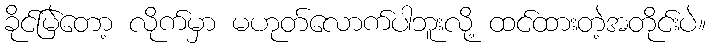
ခိုင်မြဲတော့ လိုက်မှာ မဟုတ်လောက်ပါဘူးလို့ ထင်ထားတဲ့အတိုင်းပဲ။